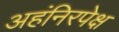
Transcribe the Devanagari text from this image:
अहंनिरपेक्ष